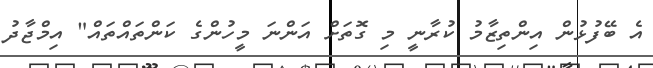
އެ ބޭފުޅުން އިންތިޒާމު ކުރާނީ މި ގޮތަށް އަންނަ މީހުންގެ ކަންތައްތައް" އިމްޖާދު